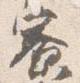
寮